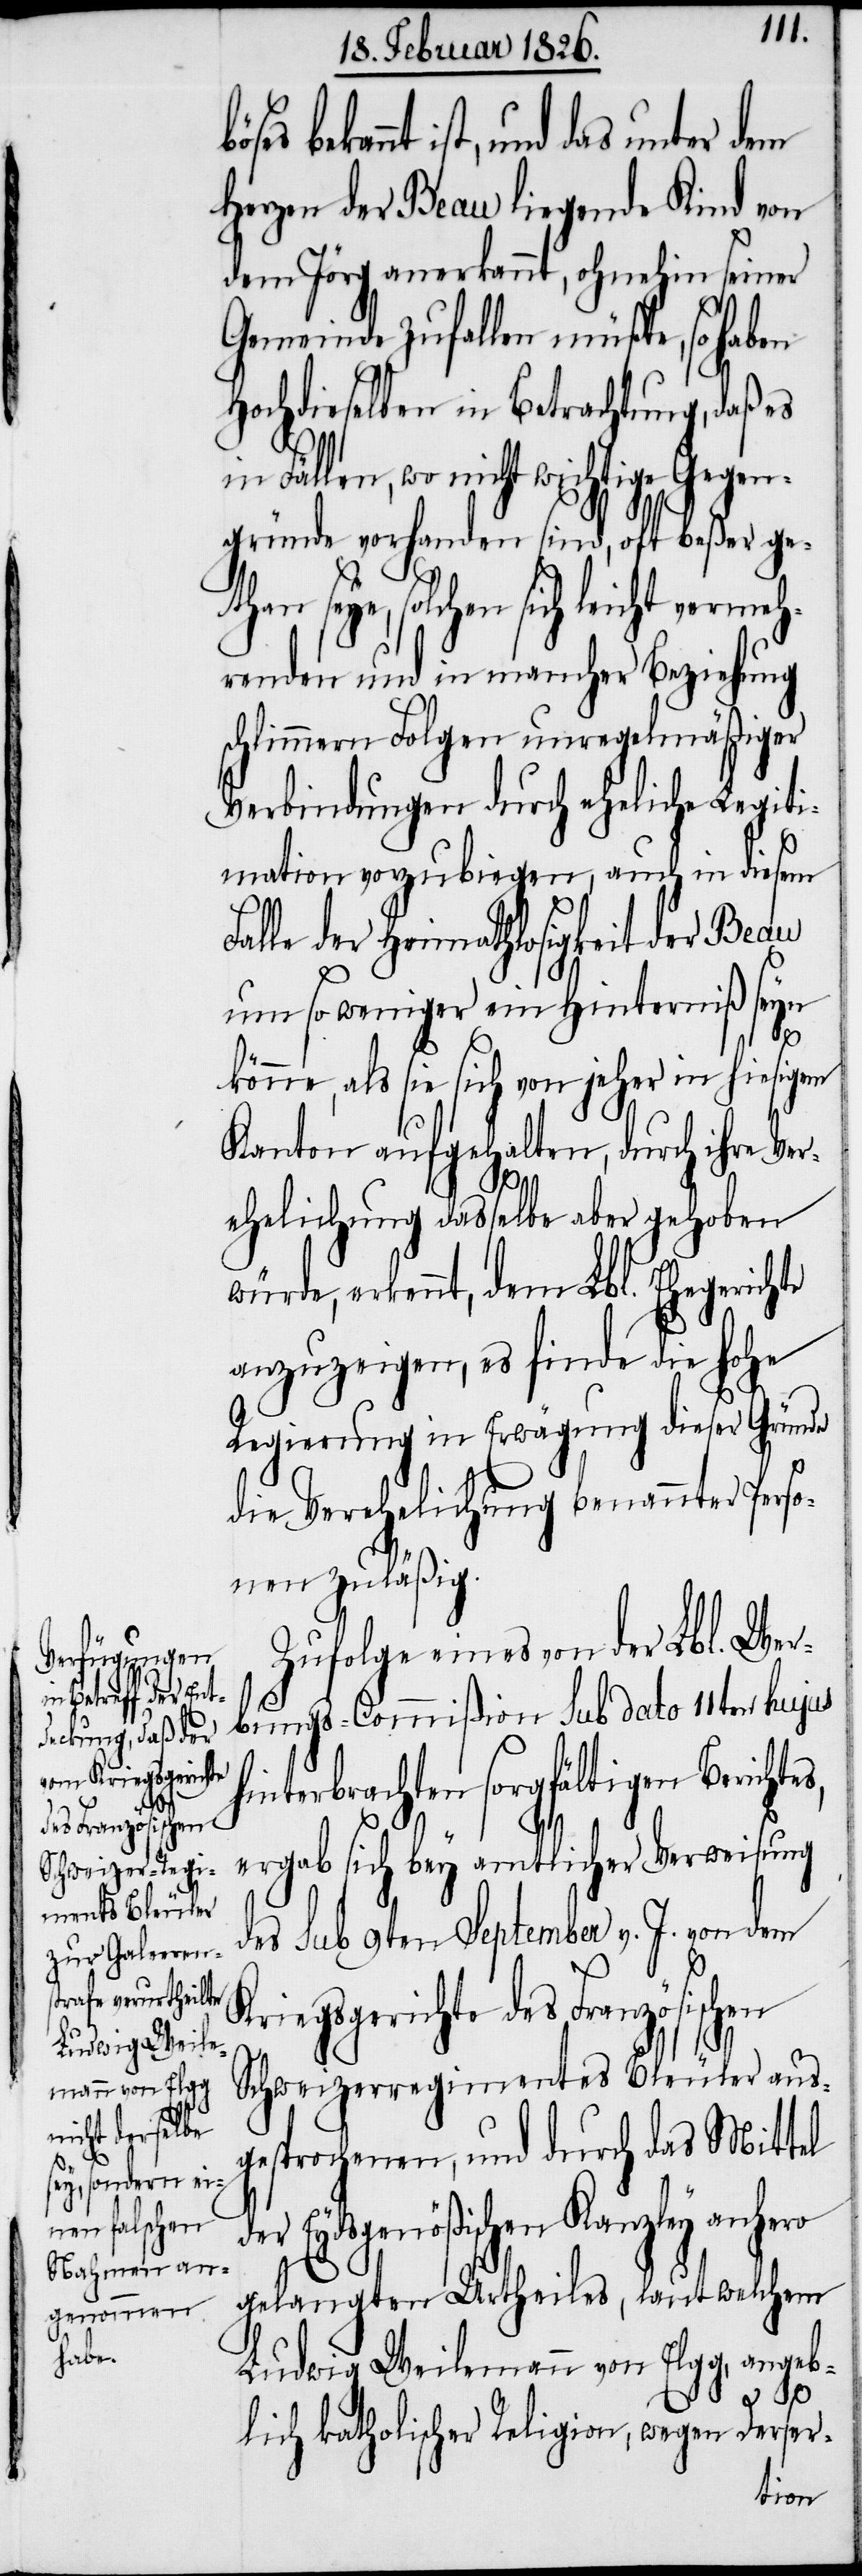
leicht vermeh¬
Kriegsgerich¬
des Französischen

bekannt ist, und das unter dem
Herzen der Beau liegende Kind von
dem Jörg anerkannt, ohnehin seiner
Gemeinde zufallen müßte, so haben
Hochdieselben in Betrachtung, daß es
in Fällen, wo nicht wichtige Gegen¬
gründe vorhanden sind, oft beßer ge¬
than seye, solchen sich
renden und in mancher Beziehung
schlimmern Folgen unregelmäßiger
Verbindungen durch eheliche Legiti¬
mation vorzubiegen, auch in diesem
alle der Heimathlosigkeit der Beau
um so weniger ein Hinterniß seyn
te
könne, als sie sich von jeher in hiesigem
Kanton aufgehalten, durch ihre Ver¬
ehelichung dasselbe aber gehoben
würde, erkennt, dem Lbl. Ehegerichte
anzuzeigen, es finde die hohe
Regierung in Erwägung dieser Gründe
die Verehelichung benannter Perso¬
nen zuläßig.
Zufolge eines von der Lbl. Wer¬
bungs-Commißion sub dato 11ten hujus
hinterbrachten sorgfältigen Berichtes,
ergab sich bey amtlicher Verweisung
des sub 9ten September v. J. von dem
Schweizerregimentes Bleuler aus¬
gesprochenen, und durch das Mittel
der Eydsgenößischen Kanzley anhero
gelangten Urtheiles, laut welchem
Ludwig Weilemann von Elgg, angeb¬
lich katholischer Religion, wegen Deser-